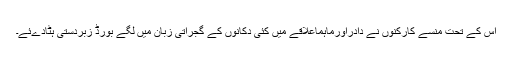
اس کے تحت منسے کارکنوں نے دادراورماہماعلاقے میں کئی دکانوں کے گجراتی زبان میں لگے بورڈ زبردستی ہٹادےئے۔